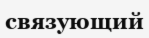
связующий